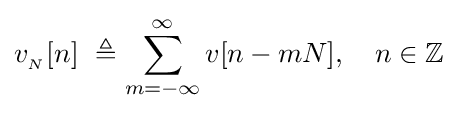
v_{_{N}}[n]\ \triangleq \sum _{m=-\infty }^{\infty }v[n-mN],\quad n\in \mathbb {Z}